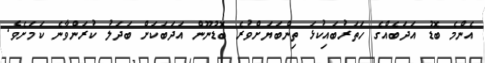
އެންމެ ބޮޑު އަދަބެއްގެ ހަތަރުބައިކުޅަ ތިންބަޔަށްވުރެ ބޮޑުނޫން އަދަބަކަށް ބަދަލު ކުރަންވާނެ ކަމަށެވެ.